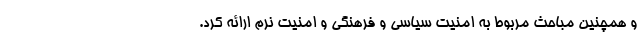
و همچنین مباحث مربوط به امنیت سیاسی و فرهنگی و امنیت نرم ارائه کرد.